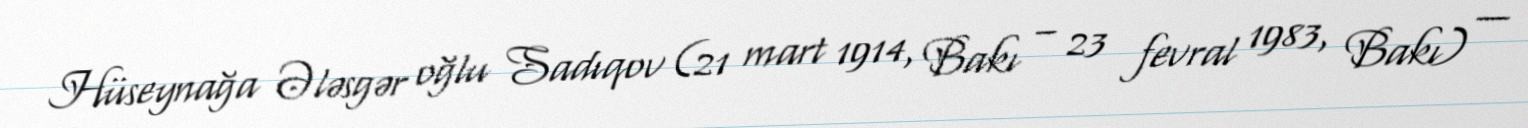
Hüseynağa Ələsgər oğlu Sadıqov (21 mart 1914, Bakı – 23 fevral 1983, Bakı) —